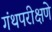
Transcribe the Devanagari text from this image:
गंथपरीक्षणे